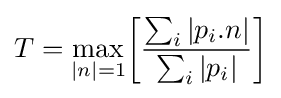
T={\underset {|n|=1}{\operatorname {max} }}{\bigg [}{\frac {\sum _{i}|p_{i}.n|}{\sum _{i}|p_{i}|}}{\bigg ]}